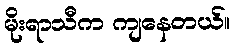
မိုးရာသီက ကျနေတယ်။